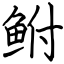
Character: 鲋